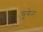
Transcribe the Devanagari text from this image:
यूगेन